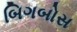
બિગબોસ